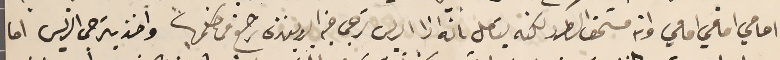
امامي امامي امامي وانه مستحق الطرد لكنه يتعامل بانه اذا الريس ترجى فيه البروبغندة ترجع فى حكمها واخذ يترجى الريس اما